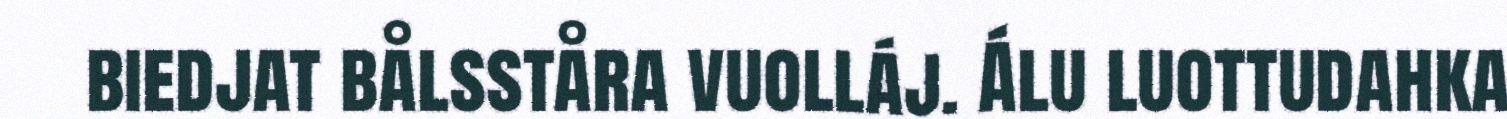
biedjat bålsståra vuolláj. Álu luottudahka